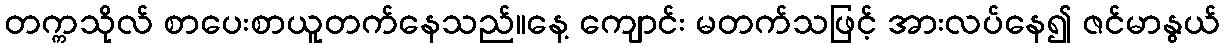
တက္ကသိုလ် စာပေးစာယူတက်နေသည်။နေ့ ကျောင်း မတက်သဖြင့် အားလပ်နေ၍ ဇင်မာနွယ်